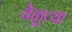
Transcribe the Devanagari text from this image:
वेळूच्या